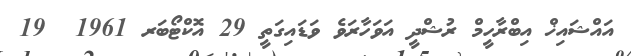
އައްޝައިޚް އިބްރާހީމް ރުޝްދީ އަވަހާރަވެ ވަޑައިގަތީ 29 އޮކްޓޯބަރ 1961  19